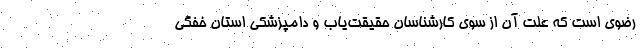
رضوی است که علت آن از سوی کارشناسان حقیقت‌یاب و دامپزشکی استان خفگی